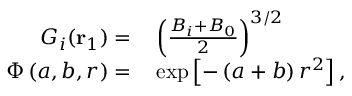
\begin{array} { r l } { G _ { i } ( \mathbf { r } _ { 1 } ) = } & { { } \left( \frac { B _ { i } + B _ { 0 } } { 2 } \right) ^ { 3 / 2 } } \\ { \Phi \left( a , b , r \right) = } & { { } \exp \left[ - \left( a + b \right) r ^ { 2 } \right] , } \end{array}